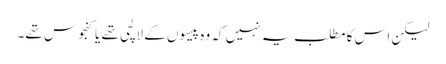
لیکن اس کا مطلب یہ نہیں کہ وہ پیسوں کے لالچی تھے یا کنجوس تھے۔